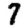
Digit: 7